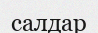
салдар